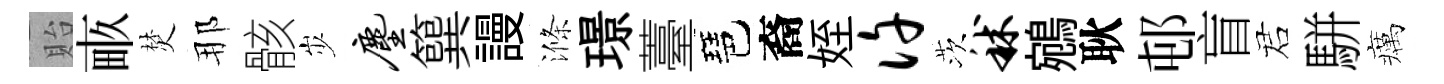
貽畞焚那骸𡵯尘簨謾滌璟薹琶裔姪许茨秫鵷耿邨盲诺駢癘